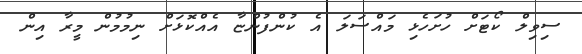
ސިވިލް ކޯޓަށް ހުށަހެޅި މައްސަލަ އެ ކުންފުންޏާ އެއްކޮޅަށް ނިމުމުން މީރާ އިން